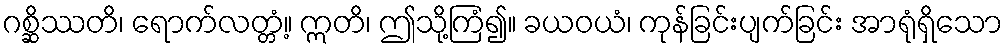
ဂစ္ဆိဿတိ၊ ရောက်လတ္တံ့။ ဣတိ၊ ဤသို့ကြံ၍။ ခယဝယံ၊ ကုန်ခြင်းပျက်ခြင်း အာရုံရှိသော